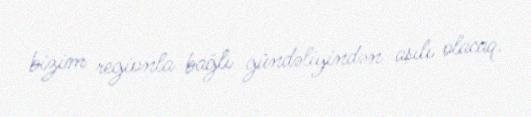
bizim regionla bağlı gündəliyindən asılı olacaq.